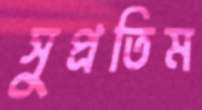
সুপ্রতিম